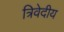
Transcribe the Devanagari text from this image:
त्रिवेदीय